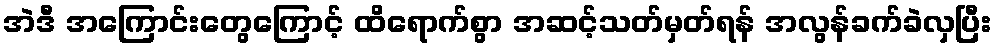
အဲဒီ အကြောင်းတွေကြောင့် ထိရောက်စွာ အဆင့်သတ်မှတ်ရန် အလွန်ခက်ခဲလှပြီး